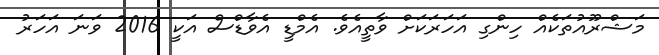
މަޝްރޫއުތަކެއް ހިންގި އަހަރަކަށް ވާތީއެވެ. އެމްޑީ އެވާޑްސް އަކީ 2016 ވަނަ އަހަރު